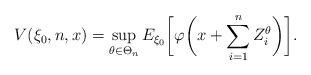
LaTeX: \begin{align*}&V(\xi_0,n,x)=\sup_{\theta\in \Theta_n} E_{\xi_0}\biggl[\varphi\biggl(x+\sum_{i=1}^n Z^\theta_i\biggr)\biggr].\end{align*}